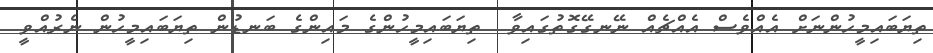
ތިޔަބައިމީހުންނަށް އެއްވެސް އެއްޗެއް ނޭނގޭގޮތުގައިވާ  ތިޔަބައިމީހުންގެ މައިންގެ ބަނޑުން ތިޔަބައިމީހުން ނެރުއްވީ